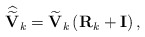
\begin{align*}\widehat{\widetilde{\mathbf{V}}}_k = \widetilde{\mathbf{V}}_k\left(\mathbf{R}_k + \mathbf{I} \right),\end{align*}